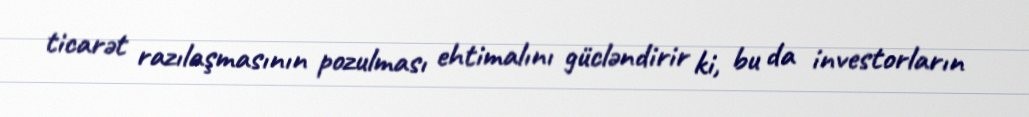
ticarət razılaşmasının pozulması ehtimalını gücləndirir ki, bu da investorların